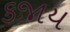
કજાય